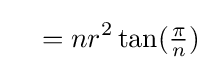
\quad =nr^{2}\tan({\tfrac {\pi }{n}})